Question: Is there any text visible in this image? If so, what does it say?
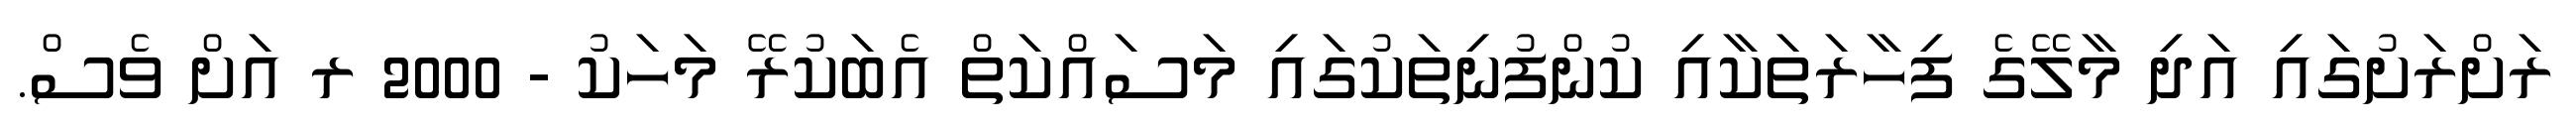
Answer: ރަށްރަށުގައި އަދި މާލޭގެ ފިހާރަތަކާއި ކުންފުނިތަކުގައި މަސައްކަތް އެބަކުރޭ މަހަކު - 2000 ރ އަށް ވެސް.